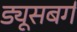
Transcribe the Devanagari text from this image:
ड्यूसबर्ग